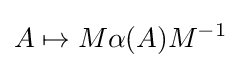
A\mapsto M\alpha (A)M^{-1}